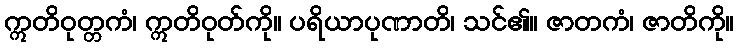
ဣတိဝုတ္တကံ၊ ဣတိဝုတ်ကို။ ပရိယာပုဏာတိ၊ သင်၏။ ဇာတကံ၊ ဇာတိကို။